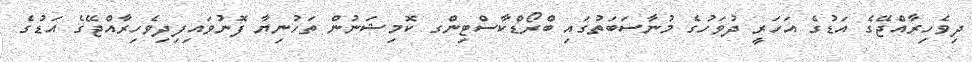
ދިވެހިރާއްޖޭގެ އަޑުގެ އަހަރީ ދުވަހުގެ މުނާސަބަތުގައި ބްރޯޑްކާސްޓިންގ ކޮމިޝަނުން ތަހުނިޔާ ފޮނުވައިފިދިވެހިރާއްޖޭގެ އަޑުގެ